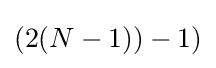
(2(N-1))-1)